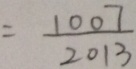
= \frac { 1 0 0 7 } { 2 0 1 3 }